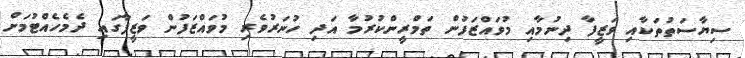
ސިޔާސަތުތަކާއި ވަޒީފާ ދިނުމާއި މުވައްޒަފުން ތަމްރީންކުރުމާ އަދި ހުނަރުވެރި މުވައްޒަފުން ވަޒީފާގައި ދެމެހެއްޓުމަށް